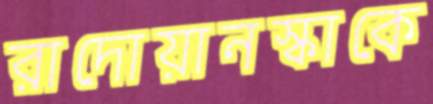
রাদোয়ানস্কাকে